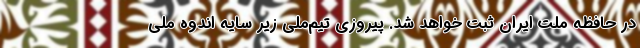
در حافظه ملت ایران ثبت خواهد شد. پیروزی تیم‌ملی زیر سایه اندوه ملی